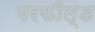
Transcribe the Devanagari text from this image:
गरफील्ड